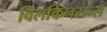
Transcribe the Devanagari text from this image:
विलकिनसन्स